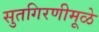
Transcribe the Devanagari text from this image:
सुतगिरणीमूळे